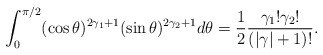
\begin{align*}\int_0^{\pi/2}(\cos\theta)^{2\gamma_1+1}(\sin\theta)^{2\gamma_2+1}d\theta=\frac{1}{2}\frac{\gamma_1!\gamma_2!}{(|\gamma|+1)!}.\end{align*}